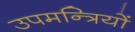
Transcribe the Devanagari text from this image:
उपमन्त्रियों